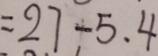
= 2 7 - 5 . 4